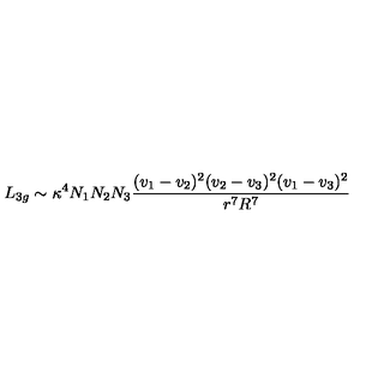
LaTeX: L _ { 3 g } \sim \kappa ^ { 4 } N _ { 1 } N _ { 2 } N _ { 3 } { \frac { ( v _ { 1 } - v _ { 2 } ) ^ { 2 } ( v _ { 2 } - v _ { 3 } ) ^ { 2 } ( v _ { 1 } - v _ { 3 } ) ^ { 2 } } { r ^ { 7 } R ^ { 7 } } }